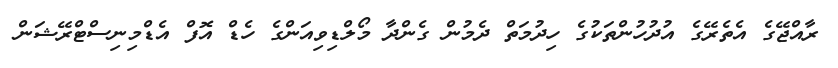
ރާއްޖޭގެ އެތެރޭގެ އުދުހުންތަކުގެ ހިދުމަތް ދެމުން ގެންދާ މޯލްޑިވިއަންގެ ހެޑް އޮފް އެޑްމިނިސްޓްރޭޝަން